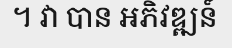
។ វា បាន អភិវឌ្ឍន៍